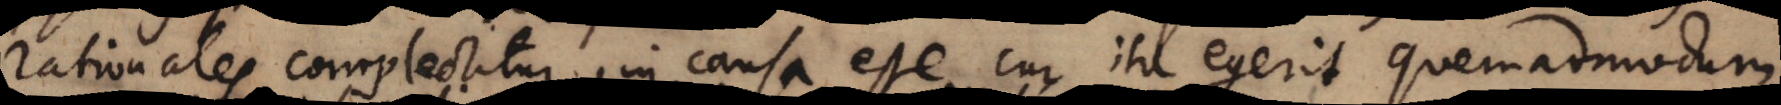
rationales complectitur, in causa esse cur ita egerit quemadmodum